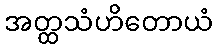
အတ္ထသံဟိတောယံ